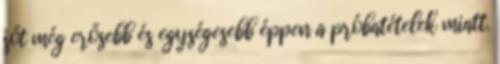
sőt még erősebb és egységesebb éppen a próbatételek miatt.